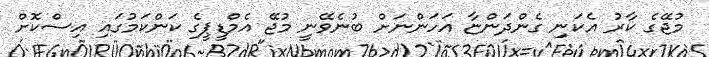
މުޖޭގެ ކާރު އެކަނި ގެންދަންޏާ އަހަންނަށް ބުނެވޭނީ މުޖޭ އެމްޑީޕީގެ ކަންކަމުގައި އިސްކޮށް